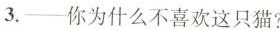
--你为什么不喜欢这只猫？